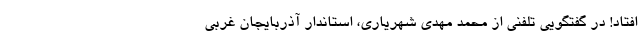
افتاد! در گفتگویی تلفنی از محمد مهدی شهریاری، استاندار آذربایجان غربی